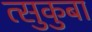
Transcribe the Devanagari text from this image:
त्सुकुबा